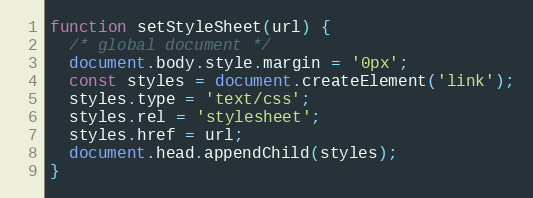
Language: JavaScript
function setStyleSheet(url) {
  /* global document */
  document.body.style.margin = '0px';
  const styles = document.createElement('link');
  styles.type = 'text/css';
  styles.rel = 'stylesheet';
  styles.href = url;
  document.head.appendChild(styles);
}